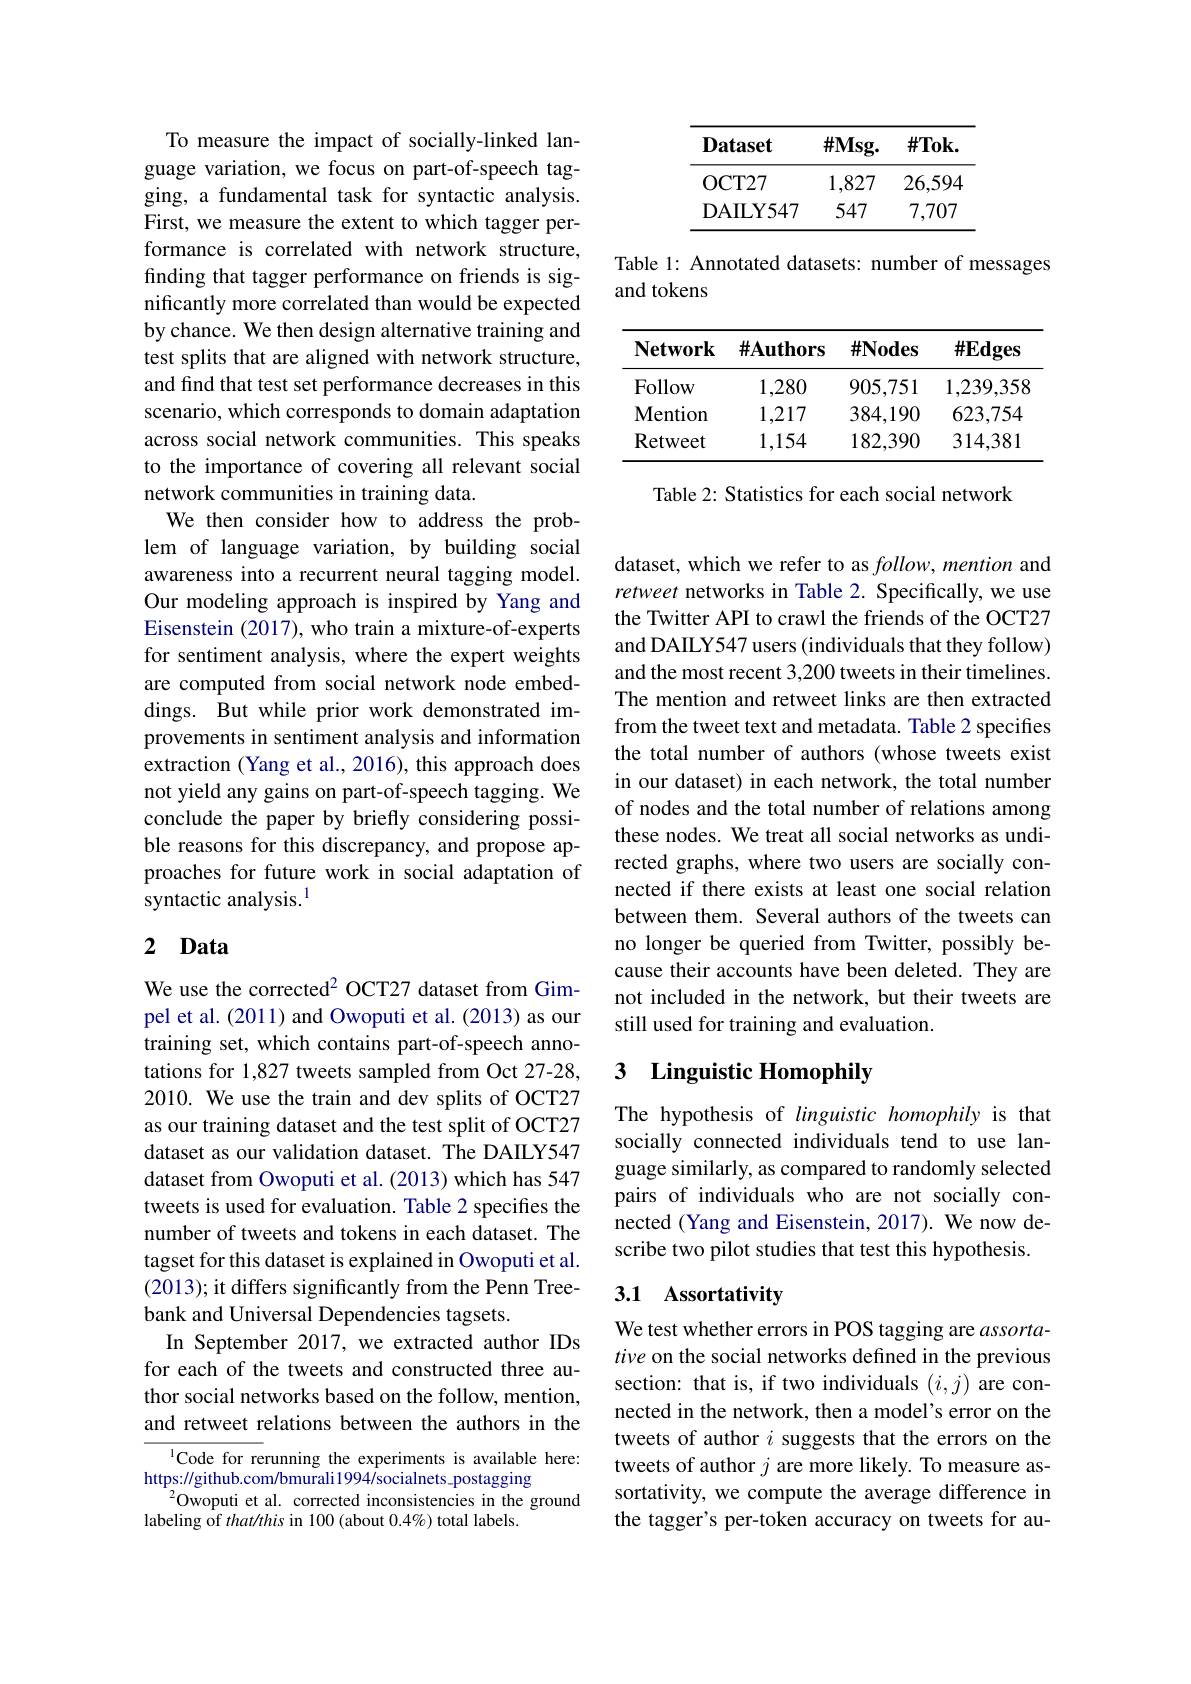
To measure the impact of socially-linked language variation, we focus on part-of-speech tagging, a fundamental task for syntactic analysis. First, we measure the extent to which tagger performance is correlated with network structure, finding that tagger performance on friends is significantly more correlated than would be expected by chance. We then design alternative training and test splits that are aligned with network structure, and find that test set performance decreases in this scenario, which corresponds to domain adaptation across social network communities. This speaks to the importance of covering all relevant social network communities in training data.
We then consider how to address the problem of language variation, by building social awareness into a recurrent neural tagging model. Our modeling approach is inspired by Yang and Eisenstein (2017), who train a mixture-of-experts for sentiment analysis, where the expert weights are computed from social network node embeddings. But while prior work demonstrated improvements in sentiment analysis and information extraction (Yang et al., 2016), this approach does not yield any gains on part-of-speech tagging. We conclude the paper by briefly considering possible reasons for this discrepancy, and propose approaches for future work in social adaptation of syntactic analysis.$^{1}$

# 2 Data

We use the corrected$^{2}$ OCT27 dataset from Gimpel et al. (2011) and Owoputi et al. (2013) as our training set, which contains part-of-speech annotations for 1,827 tweets sampled from Oct 27-28, 2010. We use the train and dev splits of OCT27 as our training dataset and the test split of OCT27 dataset as our validation dataset. The DAILY547 dataset from Owoputi et al. (2013) which has 547 tweets is used for evaluation. Table 2 specifies the number of tweets and tokens in each dataset. The tagset for this dataset is explained in Owoputi et al. (2013); it differs significantly from the Penn Treebank and Universal Dependencies tagsets.
In September 2017, we extracted author IDs for each of the tweets and constructed three author social networks based on the follow, mention, and retweet relations between the authors in the

$^{1}$Code for rerunning the experiments is available here:
$https://github.com/bmurali1994/socialnets\_postagging$
$^{2}$Owoputi et al. corrected inconsistencies in the ground
labeling of that/this in 100 (about 0.4%) total labels.

<table>
	<tbody>
		<tr>
			<th>Dataset</th>
			<th>$\#Msg.$</th>
			<th>$\#\mathbf{Tok}.$</th>
		</tr>
		<tr>
			<td>${\mathrm{OCT27}}$</td>
			<td>1,827</td>
			<td>26,59.</td>
		</tr>
		<tr>
			<td>DAILY547</td>
			<td>547</td>
			<td>7,707</td>
		</tr>
	</tbody>
</table>

Table 1: Annotated datasets: number of messages
and tokens

<table>
	<tbody>
		<tr>
			<th>$\mathbf{Network}$</th>
			<th>$\#\mathbf{Authors}$</th>
			<th>$\#\mathbf{Nodes}$</th>
			<th>$\#Edges$</th>
		</tr>
		<tr>
			<td>Follow</td>
			<td>1,280</td>
			<td>905,751</td>
			<td>1,239,358</td>
		</tr>
		<tr>
			<td>$\mathbf{Mention}$</td>
			<td>1,217</td>
			<td>384,190</td>
			<td>623,754</td>
		</tr>
		<tr>
			<td>Retweet</td>
			<td>1,154</td>
			<td>182,390</td>
			<td>314,381</td>
		</tr>
	</tbody>
</table>

Table 2: Statistics for each social network

dataset, which we refer to as $follow, \textit{mention and}$ retweet networks in Table 2. Specifically, we use the Twitter API to crawl the friends of the OCT27 and DAILY547 users (individuals that they follow) and the most recent 3,200 tweets in their timelines. The mention and retweet links are then extracted from the tweet text and metadata. Table 2 specifies the total number of authors (whose tweets exist in our dataset) in each network, the total number of nodes and the total number of relations among these nodes. We treat all social networks as undirected graphs, where two users are socially connected if there exists at least one social relation between them. Several authors of the tweets can no longer be queried from Twitter, possibly because their accounts have been deleted. They are not included in the network, but their tweets are still used for training and evaluation.

## 3 $\textbf{Linguistic Homophily}$

The hypothesis of linguistic homophily is that socially connected individuals tend to use language similarly, as compared to randomly selected pairs of individuals who are not socially connected (Yang and Eisenstein, 2017). We now describe two pilot studies that test this hypothesis.

## 3.1 Assortativity

We test whether errors in POS tagging are assortative on the social networks defined in the previous section: that is, if two individuals $(i,j)$ are connected in the network, then a model's error on the tweets of author $i$ suggests that the errors on the tweets of author $j$ are more likely. To measure assortativity, we compute the average difference in the tagger's per-token accuracy on tweets for au-